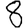
Digit: 8